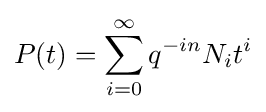
P(t)=\sum _{i=0}^{\infty }q^{-in}N_{i}t^{i}